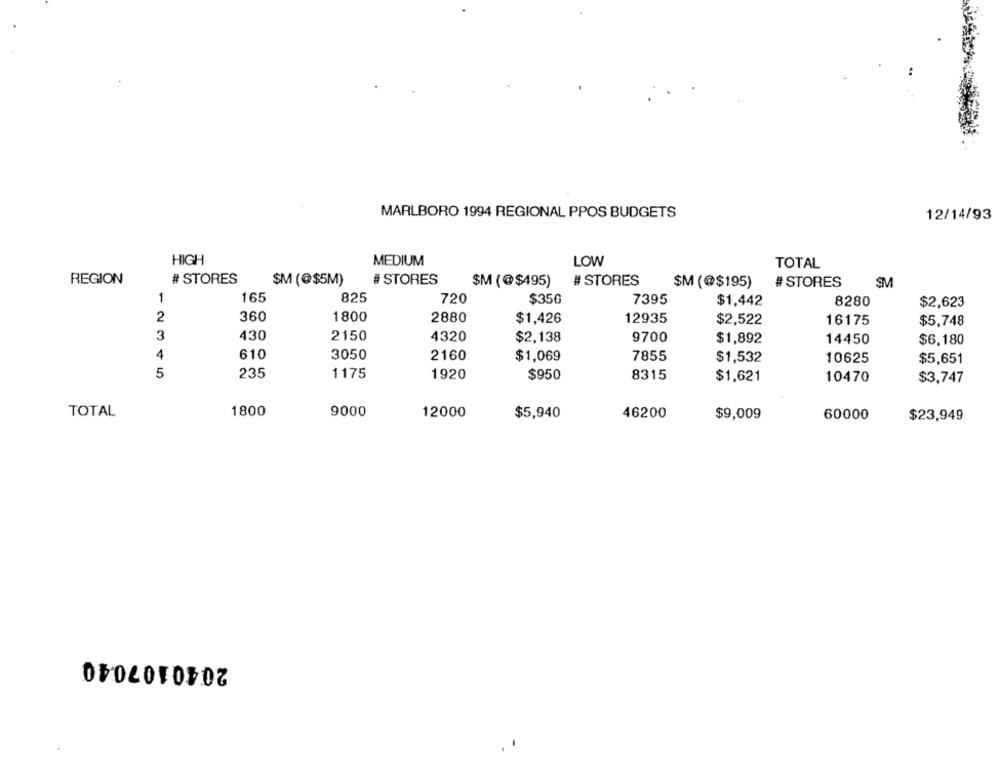
MARLBORO 1994 REGIONAL PPOS BUDGETS
12/14/93
HIGH
MEDIUM
LOW
TOTAL
REGION
# STORES
$M (@$5M)
# STORES
$M (@$495)
# STORES
$M (@$195)
# STORES
SM
1
165
825
720
$350
7395
8280
$1,442
$2,623
2
360
1800
2880
$1,426
12935
$2,522
16175
$5,748
3
430
2150
4320
$2,138
9700
$1,892
14450
$6,180
4
610
3050
2160
$1,069
7855
$1,532
10625
$5,651
5
235
1175
1920
$950
8315
$1,621
10470
$3,747
TOTAL
1800
9000
12000
$5,940
46200
$9,009
60000
$23,949
2040107040